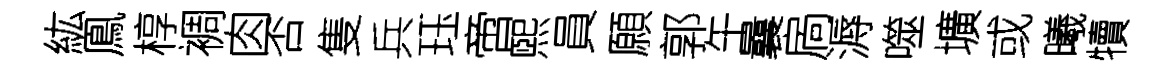
紘鳯椁裯肉否隻兵珏啻煕員願郭午曩扄溽噬壙或曦犢